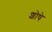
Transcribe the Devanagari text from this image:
शोषे